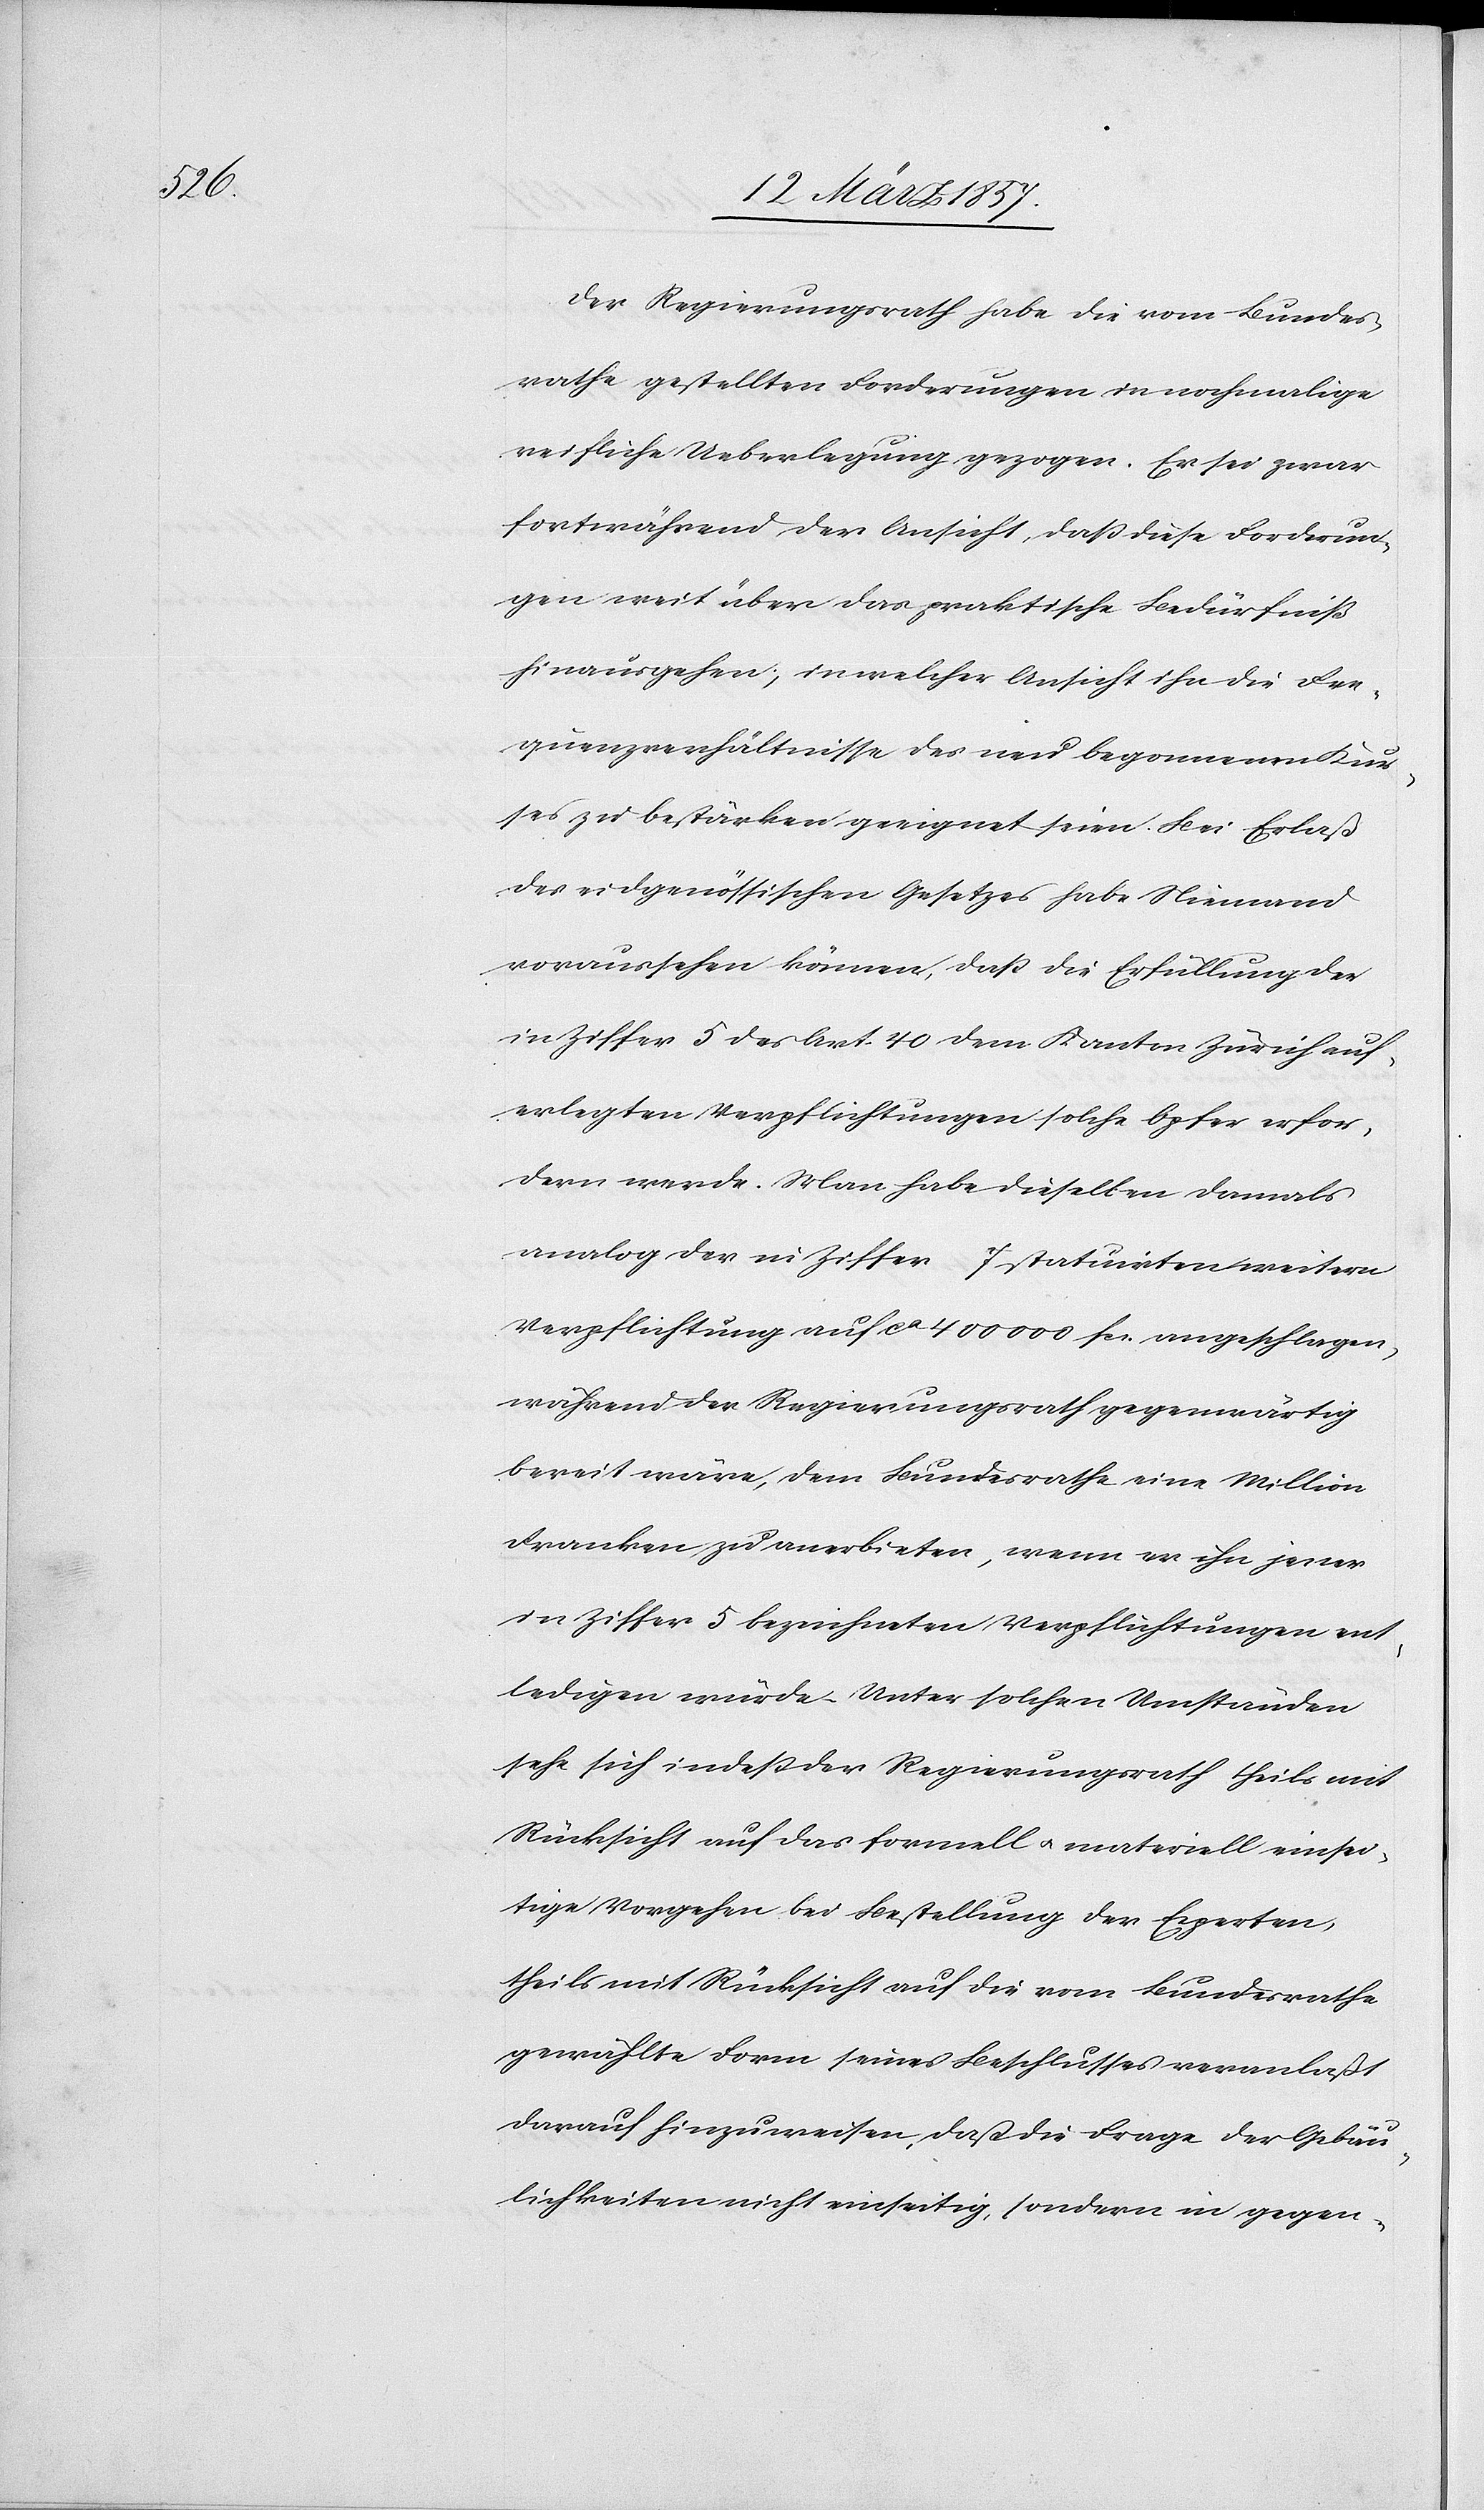
Der Regierungsrath habe die vom Bundes¬
rathe gestellten Forderungen in nochmalige
reifliche Ueberlegung gezogen. Er sei zwar
fortwährend der Ansicht, daß diese Forderun¬
gen weit über das praktische Bedürfniß
hinausgehen, in welcher Ansicht in die Fre¬
quenzverhältnisse des neu begonnen Kur¬
ses zu bestärken geeignet seien. Bei Erlaß
des eidgenössischen Gesetzes habe Niemand
voraussehen können, daß die Erfüllung der
in Ziffer 5 des Art. 40 dem Kanton Zürich auf¬
erlegten Verpflichtungen solche Opfer erfor¬
dern werde. Man habe dieselben damals
analog der in Ziffer 7 statuirten weitern
Verpflichtung auf ca 400 000 fr. angeschlagen,
während der Regierungsrath gegenwärtig
bereit wäre, dem Bundesrathe eine Million
Franken zu anerbieten, wenn er ihn jener
in Ziffer 5 bezeichneten Verpflichtungen ent¬
ledigen würde. Unter solchen Umständen
sehe sich indeß der Regierungsrath theils mit
Rücksicht auf das formell u. materiell einsei¬
tige Vorgehen bei Bestellung der Experten,
theils mit Rücksicht auf die vom Bundesrathe
gewählte Form seines Beschlusses veranlaßt
darauf hinzuweisen, daß die Frage der Gebäu¬
lichkeiten nicht einseitig, sondern in gegen-